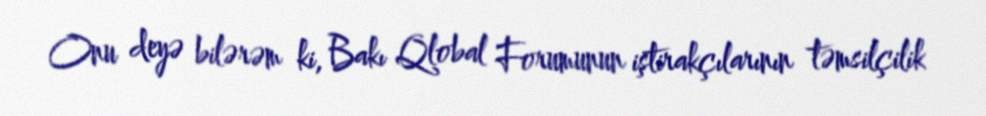
Onu deyə bilərəm ki, Bakı Qlobal Forumunun iştirakçılarının təmsilçilik